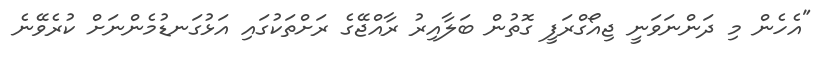
"އެހެން މި ދަންނަވަނީ ޖިއޯގްރަފީ ގޮތުން ބަލާއިރު ރާއްޖޭގެ ރަށްތަކުގައި އަޅުގަނޑުމެންނަށް ކުރެވޭނެ